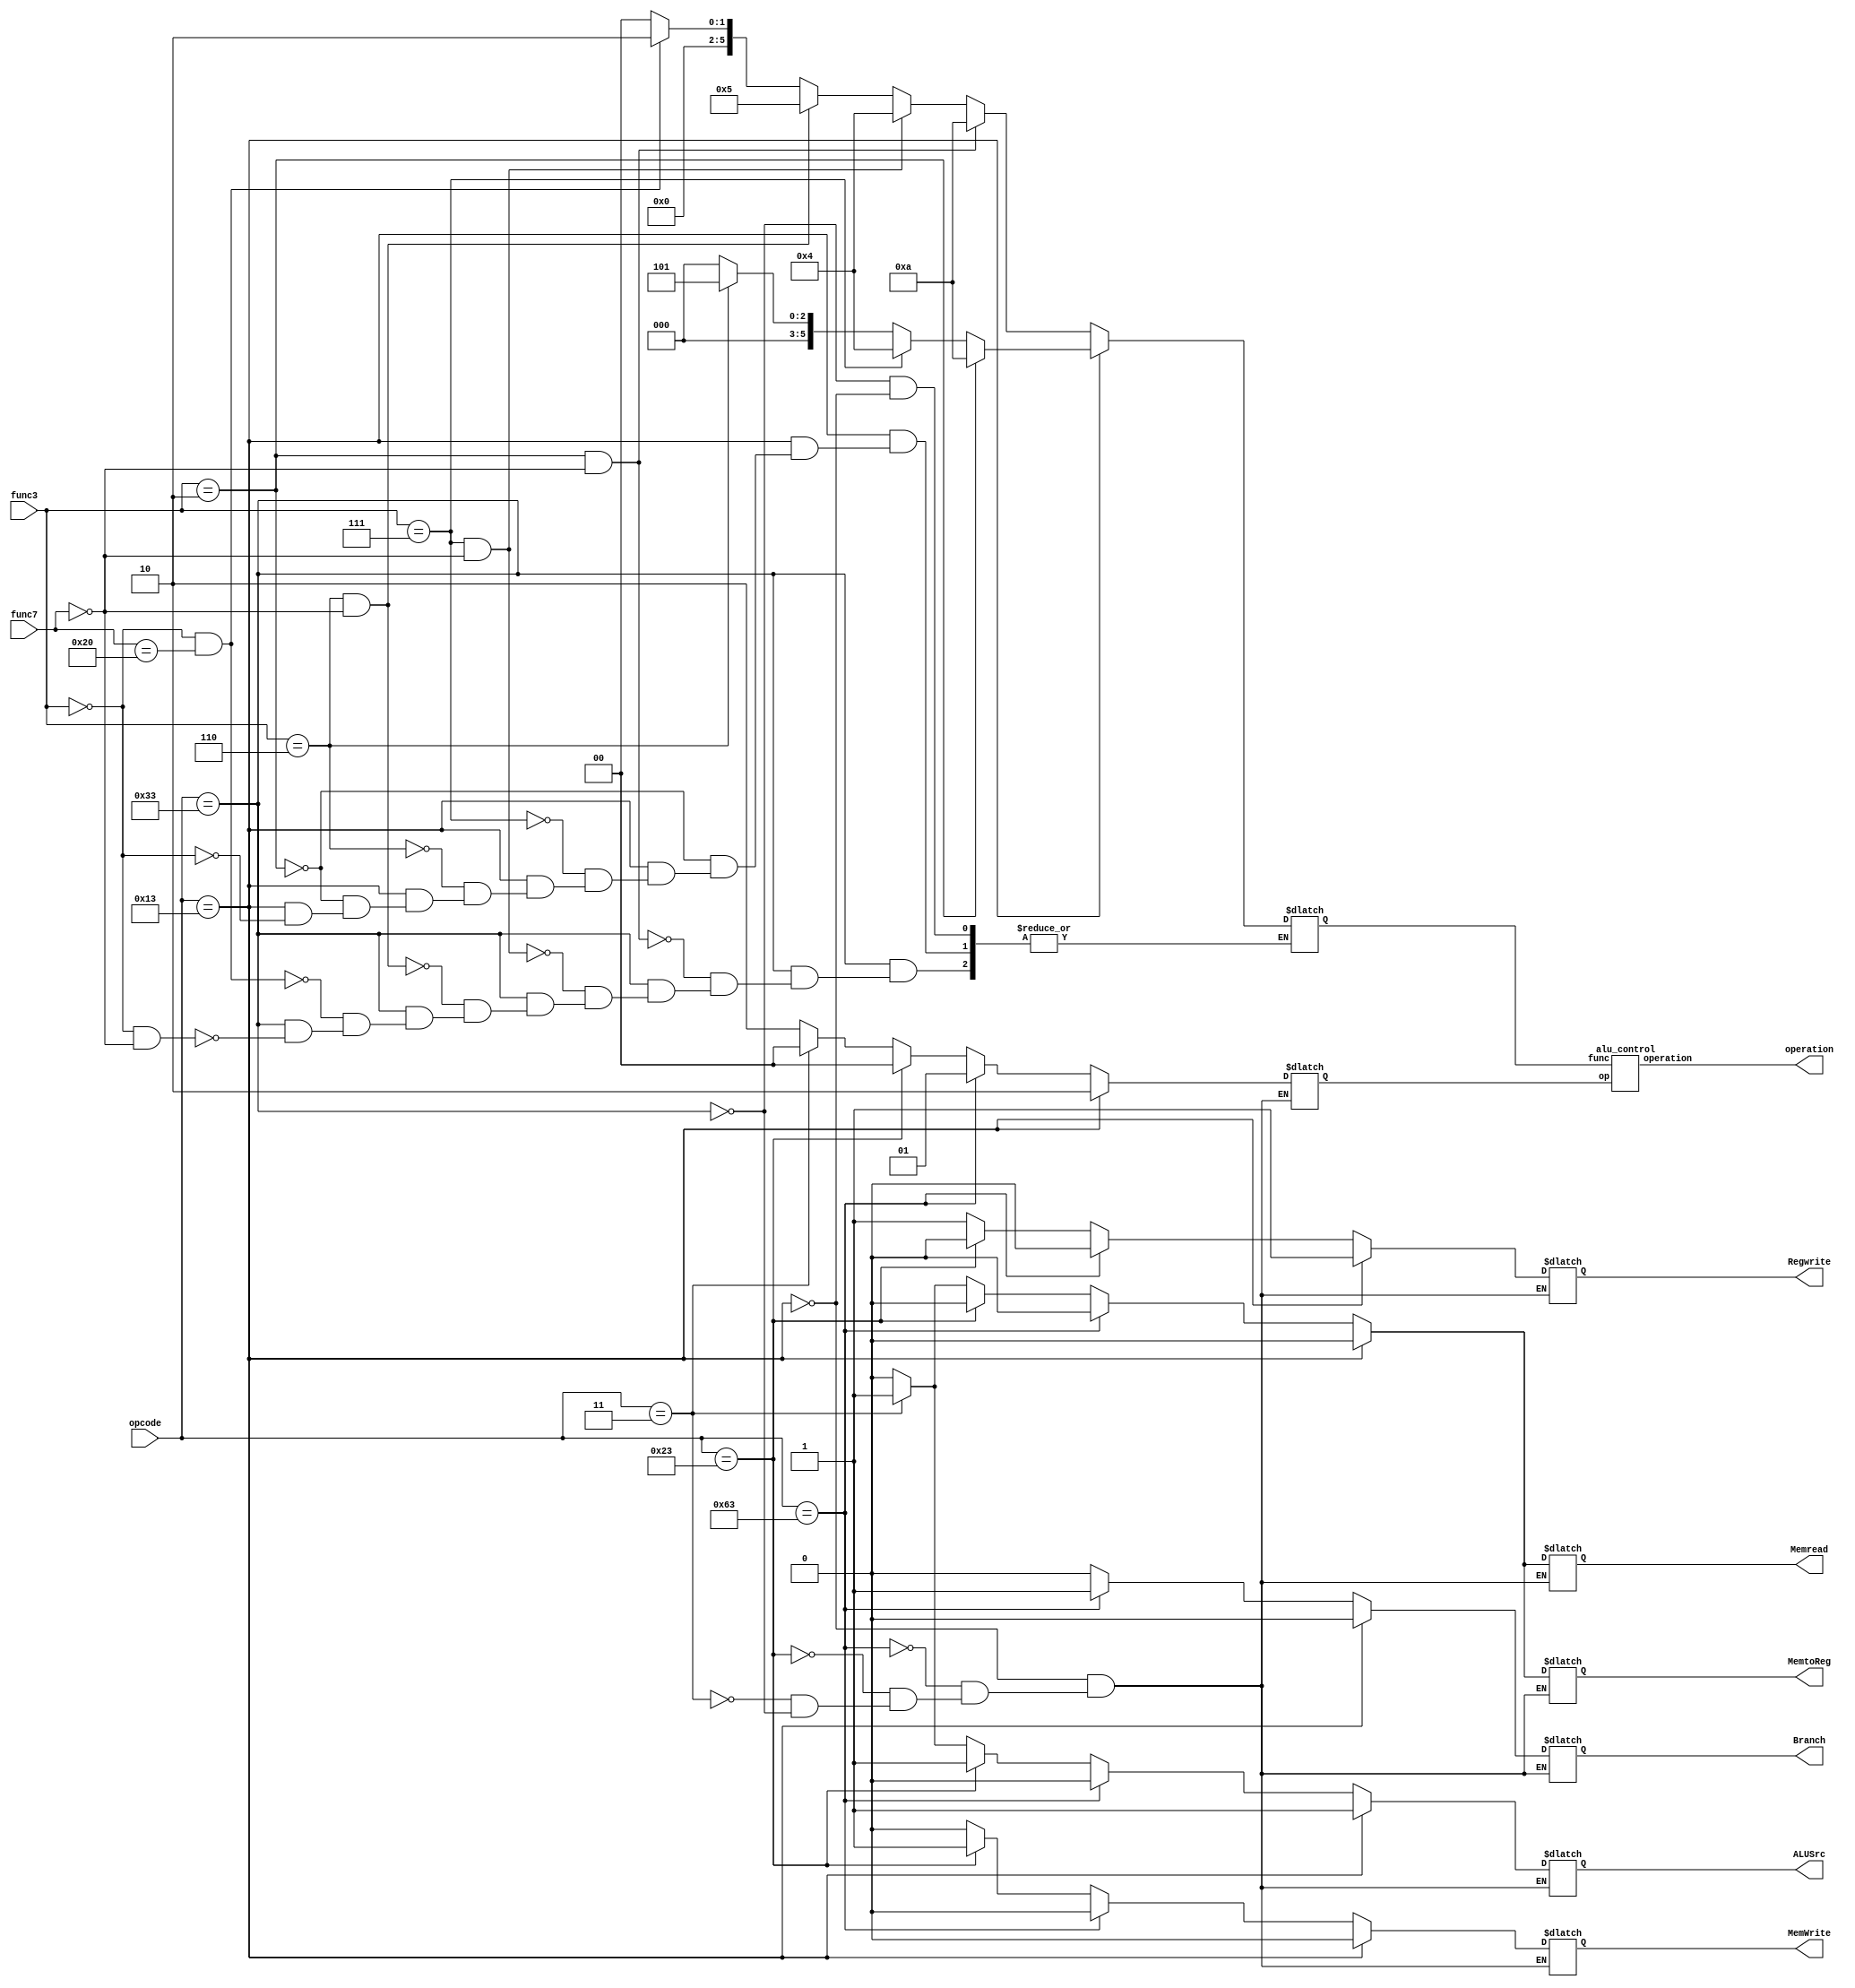
/*
member 1
name: Chintamani Masthanaiah
roll number :191cs115

member 2 
name : LSV sandeep margana
roll number :191cs226

MODULE NAME: CONTROL UNIT (includes both main control and alu control)

*/




module main_control(opcode,func7,func3,ALUSrc,MemtoReg,Regwrite,MemWrite,Memread,Branch,operation);
input [6:0] opcode;
input [6:0] func7;
input [2:0] func3;
output reg ALUSrc,MemtoReg,Regwrite,MemWrite,Memread,Branch;
reg [1:0] op;
output [3:0] operation;
reg [5:0] func;
//502
always @(opcode)
begin
    if (opcode==7'b0110011)      //r-type
    begin
   
        ALUSrc = 0;
        MemtoReg = 0;
        Regwrite=1;
        Memread=0;
        MemWrite=0;
        Branch = 0;
        op=2'b10;
        
    end
    if(opcode==7'b0000011)     // ld
    begin
    $display("load -type");
         ALUSrc = 1;
         MemtoReg=1;
         Regwrite=1;
         Memread=1;
         MemWrite=0;
         Branch = 0;
         op=2'b00;
    end
    if(opcode==7'b0100011)     // sd
    begin
    $display("store-type");
         ALUSrc = 1;
         MemtoReg=0;
         Regwrite=0;
         Memread=0;
         MemWrite=1;
         Branch = 0;
         op=2'b00;
    end
    if (opcode==7'b1100011)    //beq
       begin
       $display("branch-type");
         ALUSrc = 0;
         MemtoReg=0;
         Regwrite=0;
         Memread=0;
         MemWrite=0;
         Branch = 1;
         op=2'b01;
       end
    if(opcode==7'b0010011)   // i type
    begin
    
         ALUSrc = 1;
         MemtoReg=0;
         Regwrite=1;
         Memread=0;
         MemWrite=0;
         Branch = 0;
         op=2'b10;   
    end 
end  
    
always @(func7 or func3 or opcode)
begin
 case (opcode)
   7'b0110011:
   begin
      $display("r-type");
      if(func3==3'b000 && func7==7'b0) //addition
      begin
      $display("add");
        func=6'b0;
      end
      if(func3==3'b000 && func7==7'b0100000) //subtraction
      begin
      $display("sub");
        func=6'b000010;
      end
      if(func3==3'b110 && func7==7'b0) //or
      begin
      $display("or");
        func=6'b000101;
      end
      if(func3==3'b111 && func7==7'b0) //and
      begin
      $display("and");
        func=6'b000100;
      end
      if(func3==3'b010 && func7==7'b0) //set less than
      begin
      $display("set less than");
        func=6'b001010;
      end  
  
   end
   7'b0010011:
   begin
     $display("i-type");
     if(func3==3'b000 ) //addition
      begin
      $display("add");
        func=6'b0;
      end
      if(func3==3'b010) //subtraction
      begin
      $display("sub");
        func=6'b000010;
      end
      if(func3==3'b110 ) //or
      begin
        func=6'b000101;
      end
      if(func3==3'b111 ) //and
      begin
        func=6'b000100;
      end
      if(func3==3'b010 ) //set less than
      begin
        func=6'b001010;
      end  
   end
   
 endcase
end

alu_control c(func,op,operation);

endmodule

module alu_control(func,op,operation);
input [1:0] op;
output [3:0] operation;
input [5:0] func;
wire w0;
not(w0,op[0]);
and(operation[3],w0,op[0]);
wire w1;
and(w1,op[1],func[1]);
or(operation[2],w1,op[0]);
wire w2,w3,w4;
not(w3,op[1]);
not(w4,func[2]);
or(operation[1],w3,w4);
or(w2,func[3],func[0]);
and(operation[0],op[1],w2);
endmodule
//create a test bench